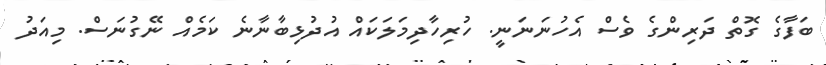
ބަފާގެ ގޮތް ދަރިންގެ ވެސް އެހުނަނަނީ. ހުރިހާދިމަލަކައް އުދުޅިބާނާނެ ކަމެއް ނޭގުނަސް. މިއަދު